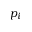
p _ { i }